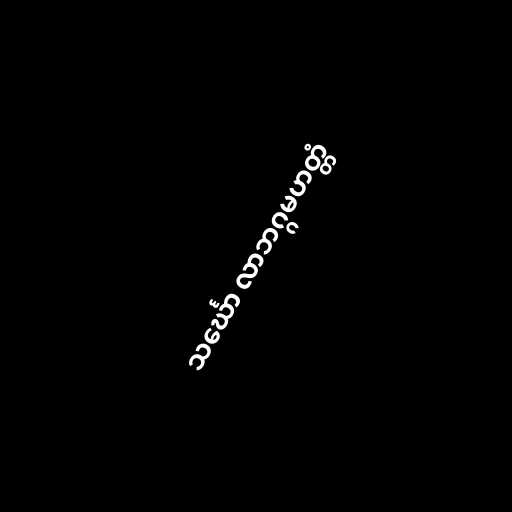
သင်္ဃော လာဘဂ္ဂမဟတ္တံ